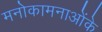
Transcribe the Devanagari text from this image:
मनोकामनाओंके